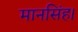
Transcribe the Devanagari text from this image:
मानसिंह।